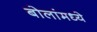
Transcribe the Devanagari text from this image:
बोलांमध्ये